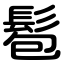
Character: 髱